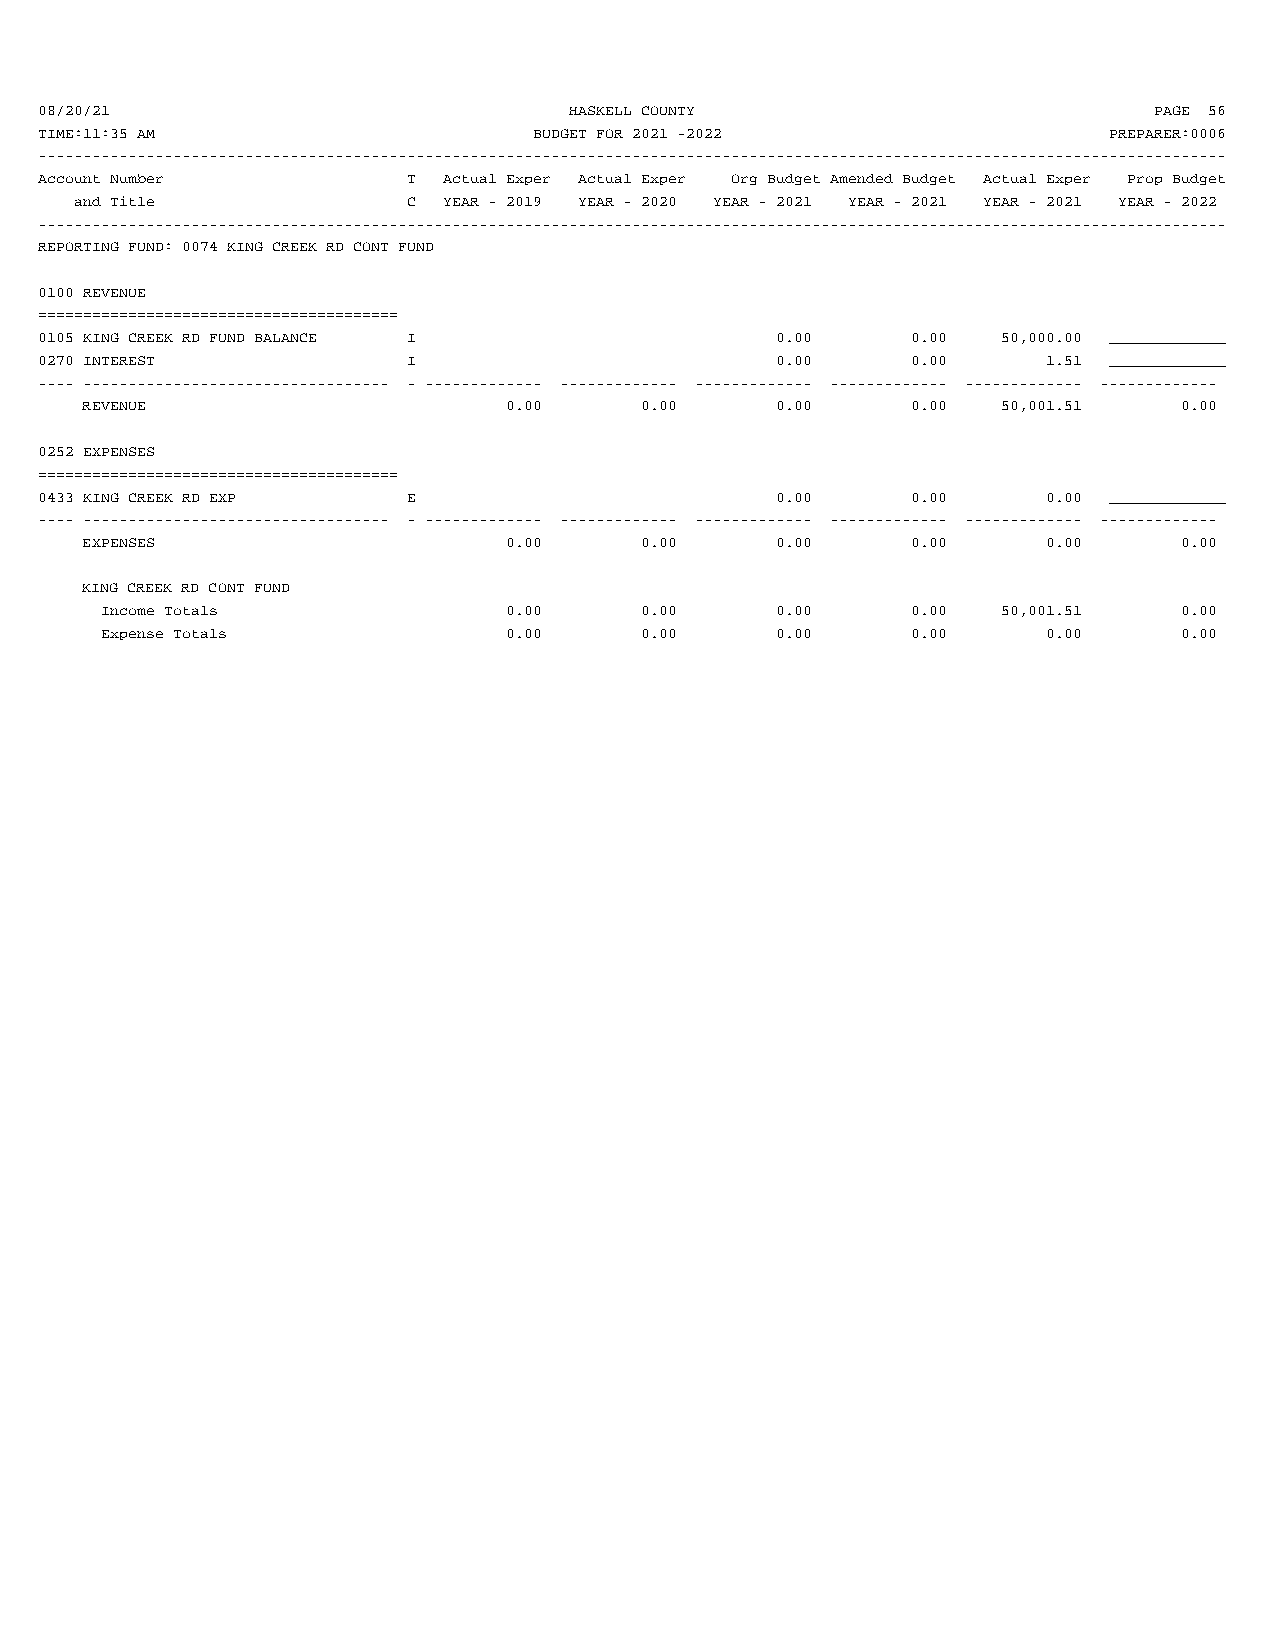
08/20/21                            HASKELL COUNTY                        PAGE 56
 TIME:11:35 AM                    BUDGET FOR 2021 -2022                 PREPARER:0006
 ------------------------------------------------------------------------------------------------------------------------------------
 Account Number           T Actual Exper Actual Exper Org Budget Amended Budget Actual Exper Prop Budget
 and Title             C YEAR - 2019 YEAR - 2020 YEAR - 2021 YEAR - 2021 YEAR - 2021 YEAR - 2022
 ------------------------------------------------------------------------------------------------------------------------------------
 REPORTING FUND: 0074 KING CREEK RD CONT FUND
 0100 REVENUE
 ========================================
 0105 KING CREEK RD FUND BALANCE I                0.00     0.00  50,000.00 _____________
 0270 INTEREST            I                       0.00     0.00     1.51 _____________
 ---- ---------------------------------- - ------------- ------------- ------------- ------------- ------------- -------------
 REVENUE                     0.00     0.00     0.00     0.00  50,001.51   0.00
 0252 EXPENSES
 ========================================
 0433 KING CREEK RD EXP   E                       0.00     0.00     0.00 _____________
 ---- ---------------------------------- - ------------- ------------- ------------- ------------- ------------- -------------
 EXPENSES                    0.00     0.00     0.00     0.00     0.00     0.00
 KING CREEK RD CONT FUND
 Income Totals             0.00     0.00     0.00     0.00  50,001.51   0.00
 Expense Totals            0.00     0.00     0.00     0.00     0.00     0.00